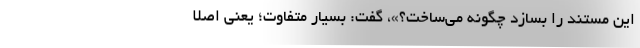
این مستند را بسازد چگونه می‌ساخت؟»، گفت: بسیار متفاوت؛ یعنی اصلا